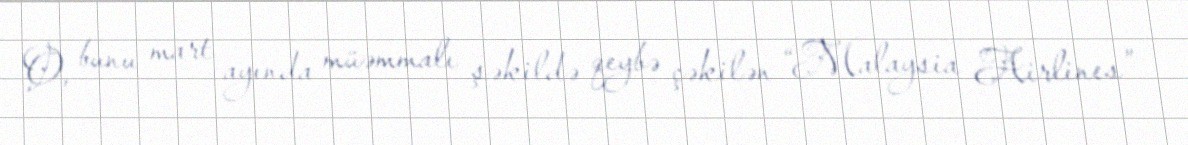
O, bunu mart ayında müəmmalı şəkildə qeybə çəkilən “Malaysia Airlines”